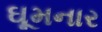
ઘૂમનાર